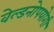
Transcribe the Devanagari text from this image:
वेल्डनोपयोगी